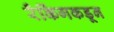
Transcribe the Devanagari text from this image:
रँकिंगकडून